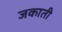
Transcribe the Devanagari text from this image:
जकाती